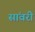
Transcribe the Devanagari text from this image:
सांवरी